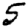
Digit: 5